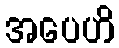
အပေဟိ